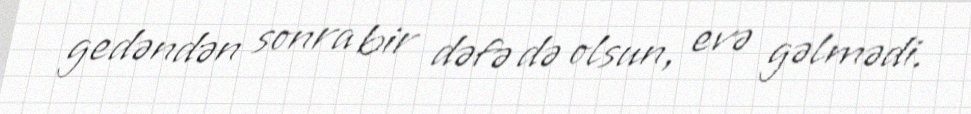
gedəndən sonra bir dəfə də olsun, evə gəlmədi.